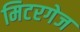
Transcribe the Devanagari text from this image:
मिटरगेज